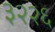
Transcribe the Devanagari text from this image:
३२२६